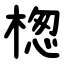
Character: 楤